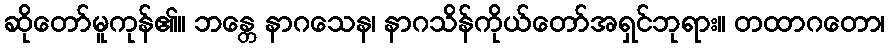
ဆိုတော်မူကုန်၏။ ဘန္တေ နာဂသေန၊ နာဂသိန်ကိုယ်တော်အရှင်ဘုရား။ တထာဂတော၊